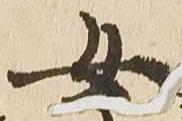
女